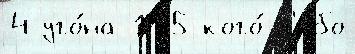
4 уго́на 175 кого́-л'и́бо